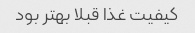
کیفیت غذا قبلا بهتر بود